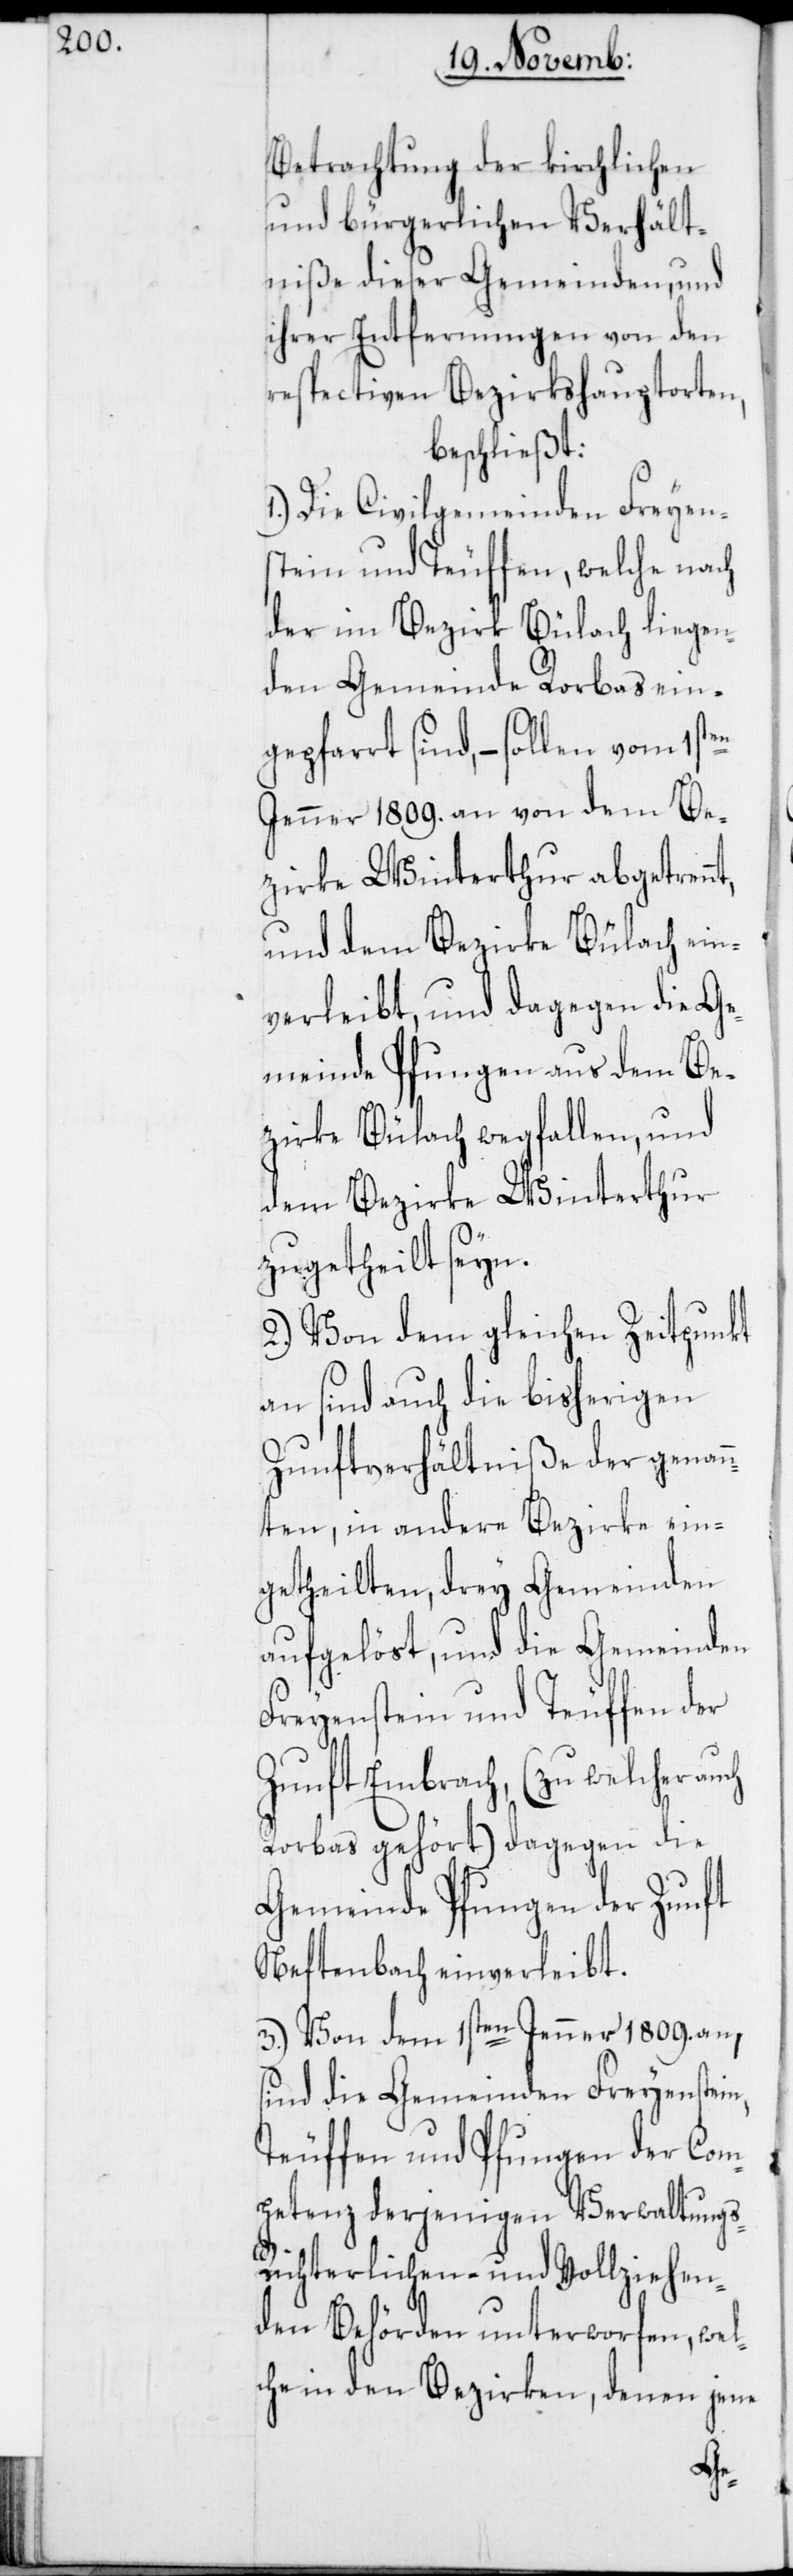
s-[,]

Betrachtung der kirchlichen
und bürgerlichen Verhält¬
niße dieser Gemeinden, und
ihrer Entfernungen von den
respectiven Bezirkshauptorten,
beschließt:
1.) Die Civilgemeinden Freyen¬
stein und Teuffen, welche nach
der im Bezirk Bülach liegen¬
den Gemeinde Rorbas ein¬
gepfarrt sind, – sollen vom 1sten
Jenner 1809. an von dem Be¬
zirke Winterthur abgetrenn¬
und dem Bezirke Bülach ein¬
verleibt, und dagegen die Ge¬
meinde Pfungen aus dem Be¬
zirke Bülach wegfallen, und
dem Bezirke Winterthur
zugetheilt seyn.
2.) Von dem gleichen Zeitpunkt
an sind auch die bisherigen
Zunftverhältniße der genan¬
nten, in andere Bezirke ein¬
getheilten drey Gemeinden
aufgelöst, und die Gemeinden
Freyenstein und Teuffen der
Zunft Embrach, (zu welcher au¬
Rorbas gehört) dagegen die
Gemeinde Pfungen der Zunft
Neftenbach einverleibt.
3.) Von dem 1sten Jenner 1809. an,
sind die Gemeinden Freyenstein,
Teuffen und Pfungen der Com¬
petenz derjenigen Verwaltung¬
Richterlichen- und Vollziehen¬
den Behörden unterworfen, wel¬
che in den Bezirken, denen jene
ch